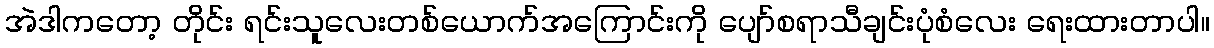
အဲဒါကတော့ တိုင်း ရင်းသူလေးတစ်ယောက်အကြောင်းကို ပျော်စရာသီချင်းပုံစံလေး ရေးထားတာပါ။